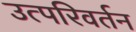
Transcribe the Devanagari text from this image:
उत्परिवर्तन